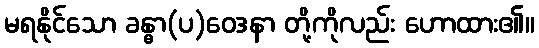
မရနိုင်သော ခန္ဓာ(ပ)ဝေဒနာ တို့ကိုလည်း ဟောထား၏။